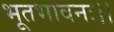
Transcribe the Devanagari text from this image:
भूतभावनः।।